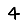
Digit: 4